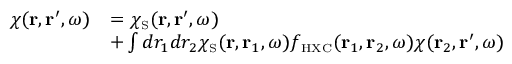
\begin{array} { r l } { \chi ( { \bf r } , { \bf r } ^ { \prime } , \omega ) } & { = \chi _ { \scriptscriptstyle \mathrm { S } } ( { \bf r } , { \bf r } ^ { \prime } , \omega ) } \\ & { + \int d r _ { 1 } d r _ { 2 } \chi _ { \scriptscriptstyle \mathrm { S } } ( { \bf r } , { \bf r } _ { 1 } , \omega ) f _ { \scriptscriptstyle \mathrm { H X C } } ( { \bf r } _ { 1 } , { \bf r } _ { 2 } , \omega ) \chi ( { \bf r } _ { 2 } , { \bf r } ^ { \prime } , \omega ) } \end{array}